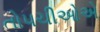
તોપચીઓએ